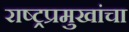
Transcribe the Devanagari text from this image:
राष्ट्रप्रमुखांचा